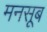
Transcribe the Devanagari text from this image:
मनसूब